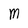
Character: m